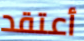
أعتقد